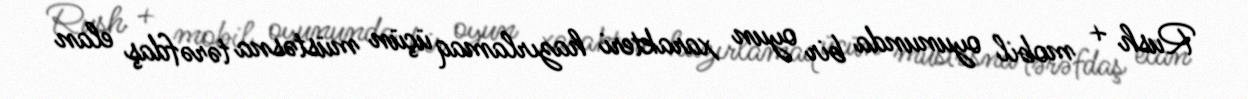
Rush + mobil oyununda bir oyun xarakteri hazırlamaq üçün müstəsna tərəfdaş elan